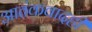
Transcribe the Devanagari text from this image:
आतंकवादही